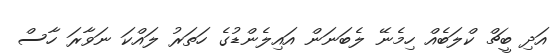
އަދި ބީޗް ކްލަބެއް ހިމެނޭ ލެބަނަން އައިލެންޑުގެ ހަތަރު ލައްކަ ނަވާރަ ހާސް